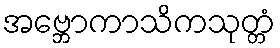
အဗ္ဘောကာသိကသုတ္တံ